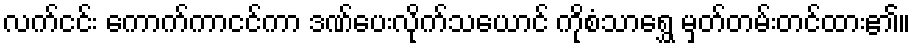
လက်ငင်း ကောက်ကာငင်ကာ ဒဏ်ပေးလိုက်သယောင် ကိုစံသာရွှေ မှတ်တမ်းတင်ထား၏။